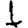
Digit: 1